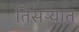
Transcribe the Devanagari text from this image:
तिसऱ्यात